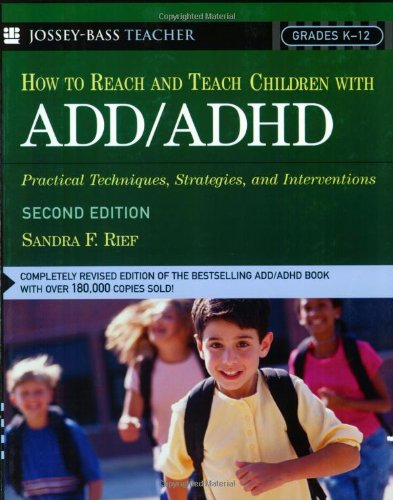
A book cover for How To Reach And Teach Children with ADD / ADHD: Practical Techniques, Strategies, and Interventions; Sandra F. Rief; Health, Fitness & Dieting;